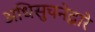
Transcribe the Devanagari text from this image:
अधिसुचनेद्वारे